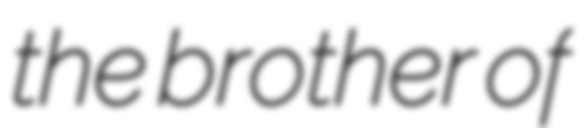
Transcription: the brother of